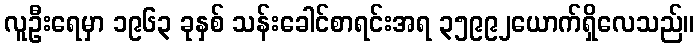
လူဦးရေမှာ ၁၉၆၃ ခုနှစ် သန်းခေါင်စာရင်းအရ ၃၅၉၉၂ယောက်ရှိလေသည်။